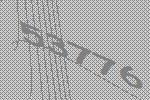
53776